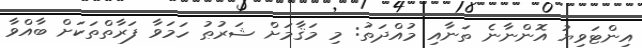
އިންޓަވިޔު އޮންނާނެ ތަނާއި މުއްދަތު: މި މަޤާމަށް ޝަރުޠު ހަމަވާ ފަރާތްތަކަށް ބާއްވާ